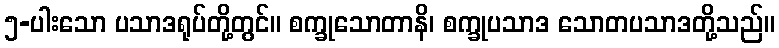
၅-ပါးသော ပသာဒရုပ်တို့တွင်။ စက္ခုသောတာနိ၊ စက္ခုပသာဒ သောတပသာဒတို့သည်။